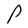
Character: P